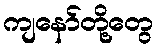
ကျနော်တို့တွေ